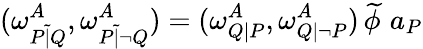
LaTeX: (\omega_{P{\tilde{|}}Q}^{A},\omega_{P{\tilde{|}}\lnot Q}^{A})=(\omega_{Q|P}^{A},\omega_{Q|\lnot P}^{A})\, {\widetilde{\phi\, }}\, a_{P}